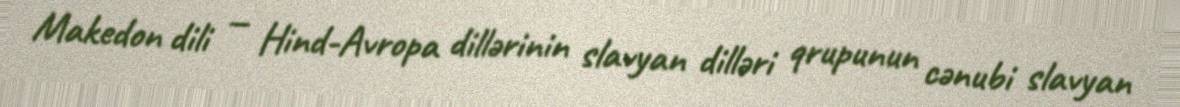
Makedon dili — Hind-Avropa dillərinin slavyan dilləri qrupunun cənubi slavyan